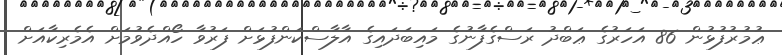
ޢުމުރުފުޅުން 86 އަހަރުގެ ޢަބްދު ރަސްގެފާނުގެ މައިބަދައިގެ އާލާސްކަންފުޅަށް ފަރުވާ ހޯއްދެވުމަށް އެމެރިކާއަށް